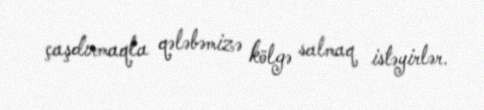
çaşdırmaqla qələbəmizə kölgə salmaq istəyirlər.